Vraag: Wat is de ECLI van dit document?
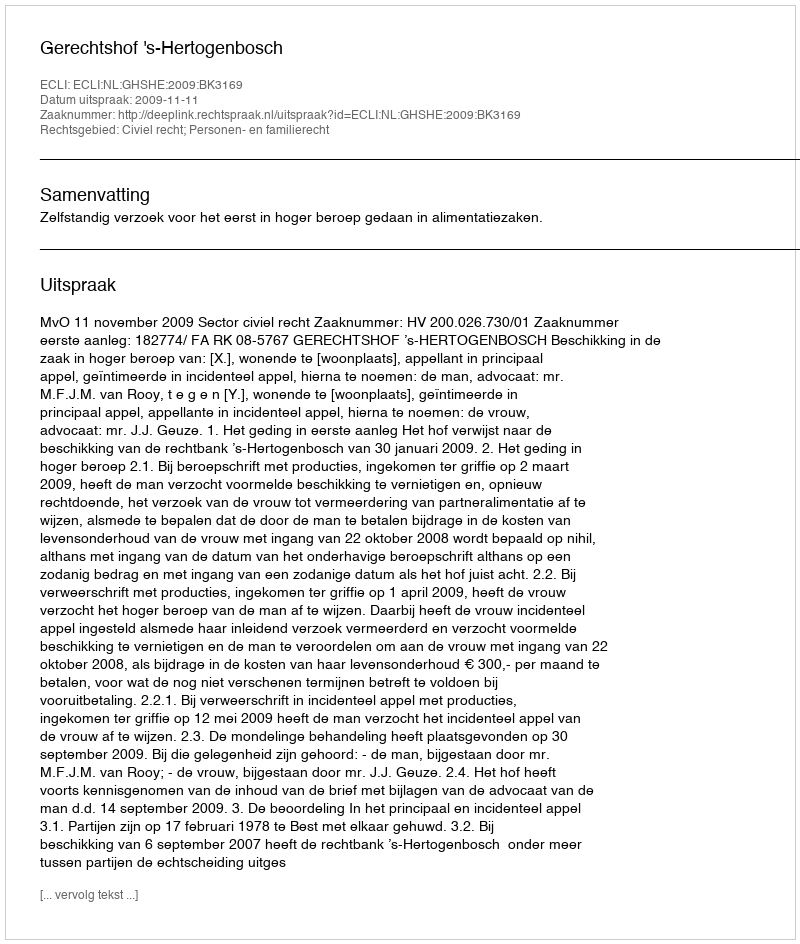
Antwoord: ECLI:NL:GHSHE:2009:BK3169